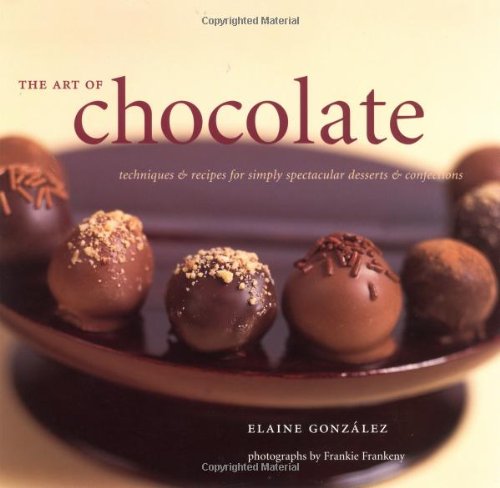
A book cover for The Art of Chocolate: Techniques and Recipes for Simply Spectacular Desserts and Confections; Elaine Gonzalez; Cookbooks, Food & Wine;